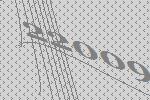
22009